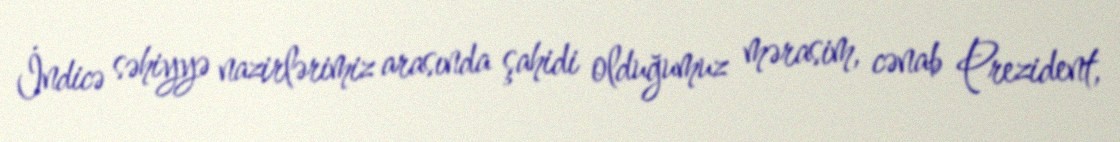
İndicə səhiyyə nazirlərimiz arasında şahidi olduğumuz mərasim, cənab Prezident,